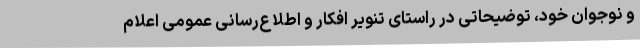
و نوجوان خود، توضیحاتی در راستای تنویر افکار و اطلاع‌رسانی عمومی اعلام